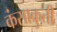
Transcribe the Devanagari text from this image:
कंसाक्रुती